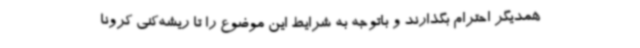
همدیگر احترام بگذارند و باتوجه به شرایط این موضوع را تا ریشه‌کنی کرونا